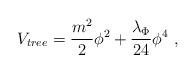
LaTeX: \begin{align*}V_{tree} = {m^2 \over 2} \phi^2 + {\lambda_\Phi \over 24} \phi^4~,\end{align*}